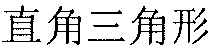
直角三角形